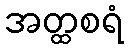
အတ္ထစရံ